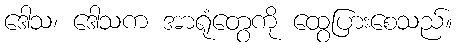
ဒေါသ၊ ဒေါသက အာရုံတွေကို ထွေပြားစေသည်။